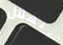
الهلال